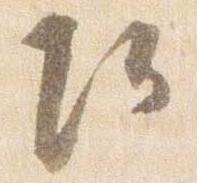
頭